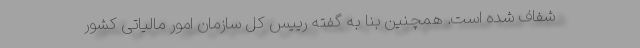
شفاف شده است. همچنین بنا به گفته رییس کل سازمان امور مالیاتی کشور